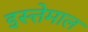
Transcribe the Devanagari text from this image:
इस्त्तेमाल